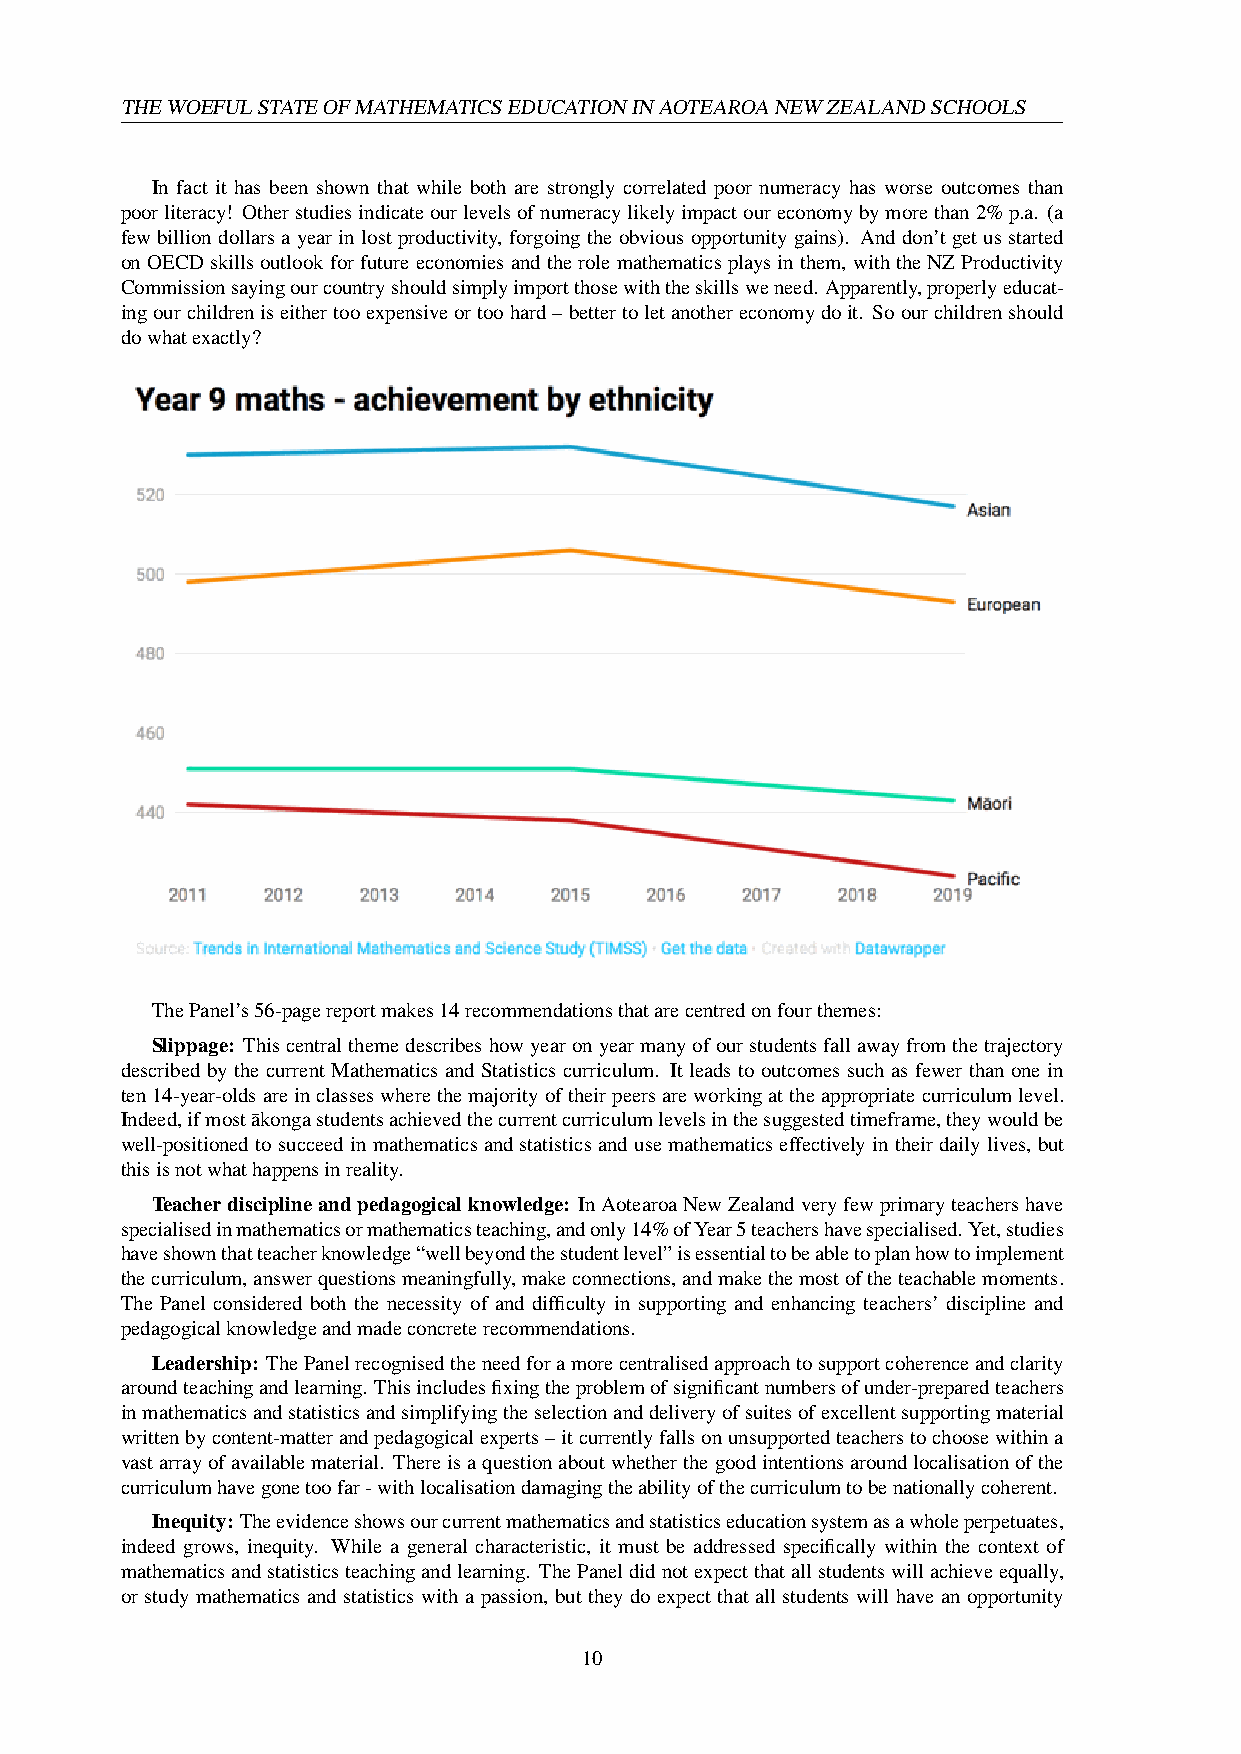
THEWOEFULSTATEOFMATHEMATICSEDUCATIONINAOTEAROANEWZEALANDSCHOOLS
 In fact it has been shown that while both are strongly correlated poor numeracy has worse outcomes than
 poorliteracy! Otherstudiesindicateourlevelsofnumeracylikelyimpactoureconomybymorethan2%p.a. (a
 few billion dollars a year in lost productivity, forgoing the obvious opportunity gains). And don’t get us started
 onOECDskillsoutlookforfutureeconomiesandtherolemathematicsplaysinthem, withtheNZProductivity
 Commissionsayingourcountryshouldsimplyimportthosewiththeskillsweneed. Apparently,properlyeducat-
 ingourchildreniseithertooexpensiveortoohard–bettertoletanothereconomydoit. Soourchildrenshould
 dowhatexactly?
 ThePanel’s56-pagereportmakes14recommendationsthatarecentredonfourthemes:
 Slippage: Thiscentralthemedescribeshowyearonyearmanyofourstudentsfallawayfromthetrajectory
 described by the current Mathematics and Statistics curriculum. It leads to outcomes such as fewer than one in
 ten14-year-oldsareinclasseswherethemajorityoftheirpeersareworkingattheappropriatecurriculumlevel.
 Indeed,ifmosta¯kongastudentsachievedthecurrentcurriculumlevelsinthesuggestedtimeframe,theywouldbe
 well-positionedtosucceedinmathematicsandstatisticsandusemathematicseffectivelyintheirdailylives, but
 thisisnotwhathappensinreality.
 Teacherdisciplineandpedagogicalknowledge: InAotearoaNewZealandveryfewprimaryteachershave
 specialisedinmathematicsormathematicsteaching,andonly14%ofYear5teachershavespecialised.Yet,studies
 haveshownthatteacherknowledge“wellbeyondthestudentlevel”isessentialtobeabletoplanhowtoimplement
 thecurriculum,answerquestionsmeaningfully,makeconnections,andmakethemostoftheteachablemoments.
 The Panel considered both the necessity of and difficulty in supporting and enhancing teachers’ discipline and
 pedagogicalknowledgeandmadeconcreterecommendations.
 Leadership: ThePanelrecognisedtheneedforamorecentralisedapproachtosupportcoherenceandclarity
 aroundteachingandlearning. Thisincludesfixingtheproblemofsignificantnumbersofunder-preparedteachers
 inmathematicsandstatisticsandsimplifyingtheselectionanddeliveryofsuitesofexcellentsupportingmaterial
 writtenbycontent-matterandpedagogicalexperts–itcurrentlyfallsonunsupportedteacherstochoosewithina
 vastarrayofavailablematerial. Thereisaquestionaboutwhetherthegoodintentionsaroundlocalisationofthe
 curriculumhavegonetoofar-withlocalisationdamagingtheabilityofthecurriculumtobenationallycoherent.
 Inequity:Theevidenceshowsourcurrentmathematicsandstatisticseducationsystemasawholeperpetuates,
 indeed grows, inequity. While a general characteristic, it must be addressed specifically within the context of
 mathematicsandstatisticsteachingandlearning. ThePaneldidnotexpectthatallstudentswillachieveequally,
 or study mathematics and statistics with a passion, but they do expect that all students will have an opportunity
 10